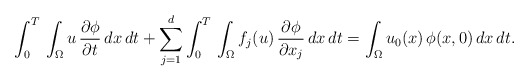
\begin{align*}\int_{0}^{T}\,\int_{\Omega}u\,\frac{\partial \phi}{\partial t}\,dx\,dt +\displaystyle\sum_{j=1}^{d}\int_{0}^{T}\,\int_{\Omega} f_{j}(u)\,\frac{\partial \phi}{\partial x_{j}}\,dx \,dt =\int_{\Omega}u_{0}(x)\,\phi(x,0)\,dx\,dt.\end{align*}